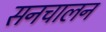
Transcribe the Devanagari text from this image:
सनचालन